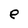
Character: e